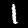
Label: 1